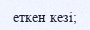
еткен кезі;